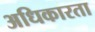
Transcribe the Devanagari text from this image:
अधिकारता